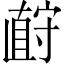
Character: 𪧡